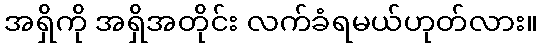
အရှိကို အရှိအတိုင်း လက်ခံရမယ်ဟုတ်လား။